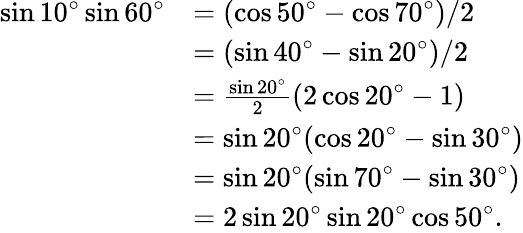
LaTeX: \begin{array}{rl}{\sin 10^{\circ}\sin 60^{\circ}}&{=(\cos 50^{\circ}-\cos 70^{\circ})/2}\\ &{=(\sin 40^{\circ}-\sin 20^{\circ})/2}\\ &{=\frac{\sin 20^{\circ}}{2}(2\cos 20^{\circ}-1)}\\ &{=\sin 20^{\circ}(\cos 20^{\circ}-\sin 30^{\circ})}\\ &{=\sin 20^{\circ}(\sin 70^{\circ}-\sin 30^{\circ})}\\ &{=2\sin 20^{\circ}\sin 20^{\circ}\cos 50^{\circ}.}\end{array}